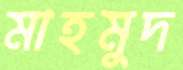
মাহমুদ